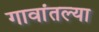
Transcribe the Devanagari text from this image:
गावांतल्या